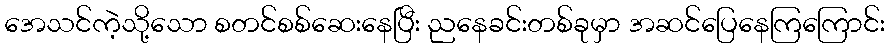
အေသင်ကဲ့သို့သော စတင်စစ်ဆေးနေပြီး ညနေခင်းတစ်ခုမှာ အဆင်ပြေနေကြကြောင်း